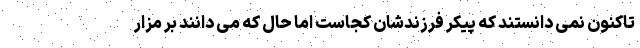
تاکنون نمی دانستند که پیکر فرزندشان کجاست اما حال که می دانند بر مزار